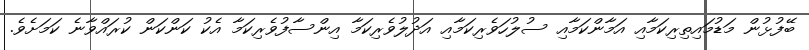
ބޭފުޅުން މަޑުމައިތިރިކަމާއި އަމާންކަމާއި ސުލުހަވެރިކަމާއި އަދުލުވެރިކަމާ އިންސާފުވެރިކަމާ އެކު ކަންކަން ކުރައްވާނެ ކަމަށެވެ.